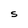
Character: S